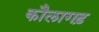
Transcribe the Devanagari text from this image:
कौलागढ़